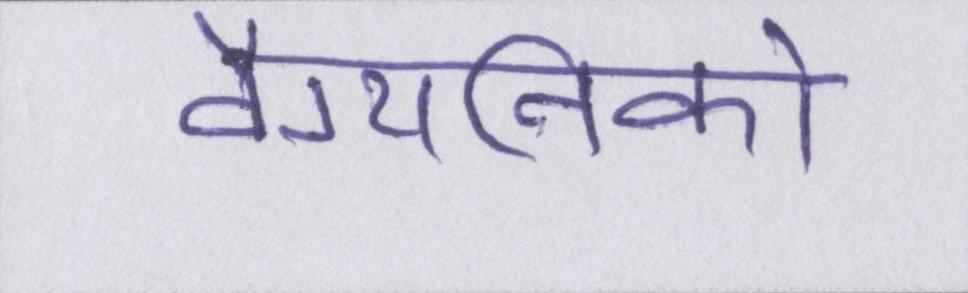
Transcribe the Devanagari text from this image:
वैग्यनिको